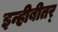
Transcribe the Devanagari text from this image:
इन्हीबीतर्